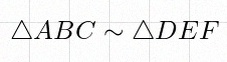
\triangle ABC\sim\triangle DEF